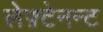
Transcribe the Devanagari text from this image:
लेफ़्टेनन्ट